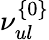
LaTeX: \nu_{ul}^{\{ 0\} }